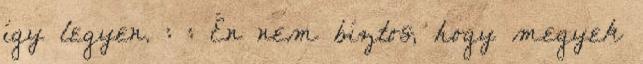
így legyen. : : Én nem bíztos, hogy megyek